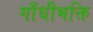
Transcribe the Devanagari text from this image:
गाँधीभक्ति